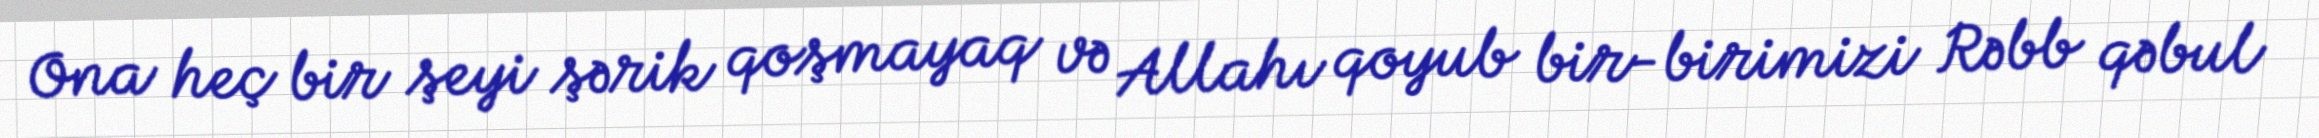
Ona heç bir şeyi şərik qoşmayaq və Allahı qoyub bir-birimizi Rəbb qəbul